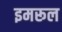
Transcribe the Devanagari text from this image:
इमरूल